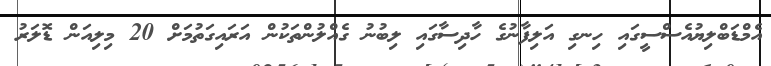
އެމްޑަބްލިޔުއެސްސީގައި ހިނގި އަލިފާނުގެ ހާދިސާގައި ލިބުނު ގެއްލުންތަކުން އަރައިގަތުމަށް 20 މިލިއަން ޑޮލަރު